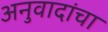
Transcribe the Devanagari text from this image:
अनुवादांचा